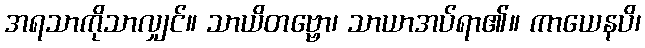
အရသာကိုသာလျှင်။ သာယိတဗ္ဗော၊ သာယာအပ်ရာ၏။ ကာယေနပိ၊